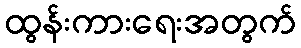
ထွန်းကားရေးအတွက်